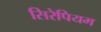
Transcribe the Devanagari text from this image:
सिरेपियम